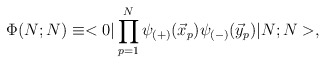
\begin{align*}\Phi(N;N) \equiv<0| \prod_{p=1}^N \psi_{(+)}(\vec x_p)\psi_{(-)}(\vec y_p)|N;N>,\end{align*}